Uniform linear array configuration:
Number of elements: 24
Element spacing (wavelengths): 0.75
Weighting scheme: binomial
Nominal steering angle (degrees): -60
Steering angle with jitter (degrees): -58.64
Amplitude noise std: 0.05
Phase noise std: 0.05

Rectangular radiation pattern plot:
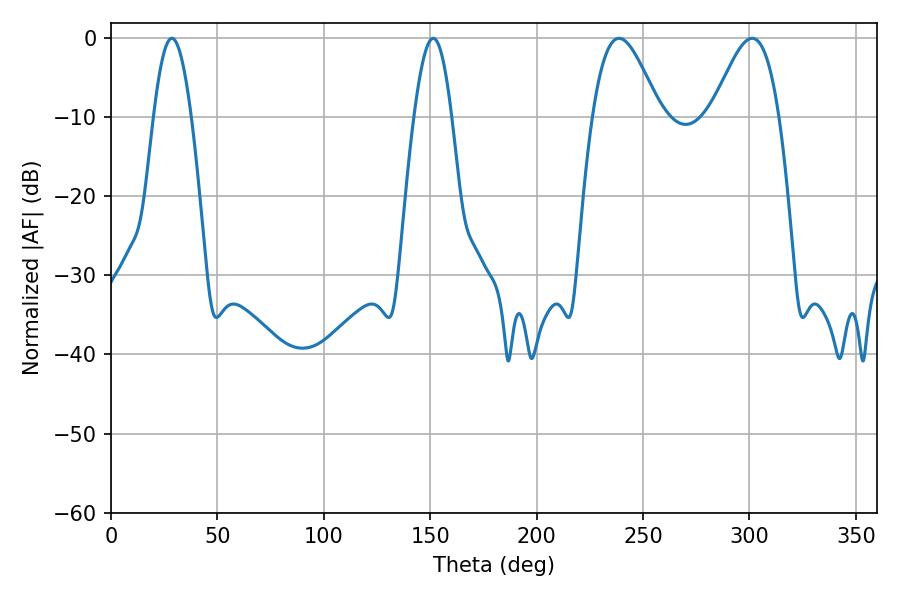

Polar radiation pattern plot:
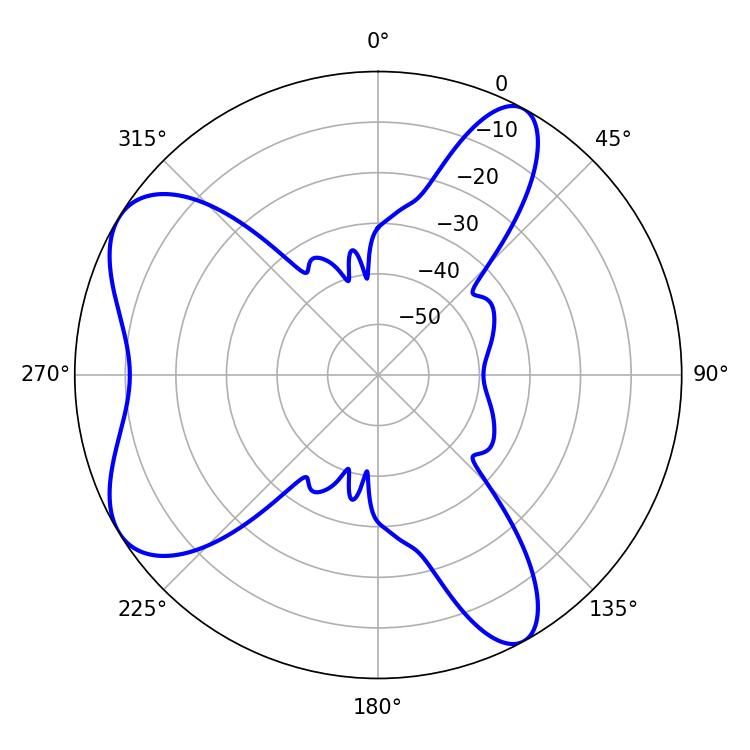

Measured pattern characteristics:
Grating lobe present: TRUE
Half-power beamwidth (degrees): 9.54
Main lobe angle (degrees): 28.62